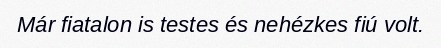
Már fiatalon is testes és nehézkes fiú volt.